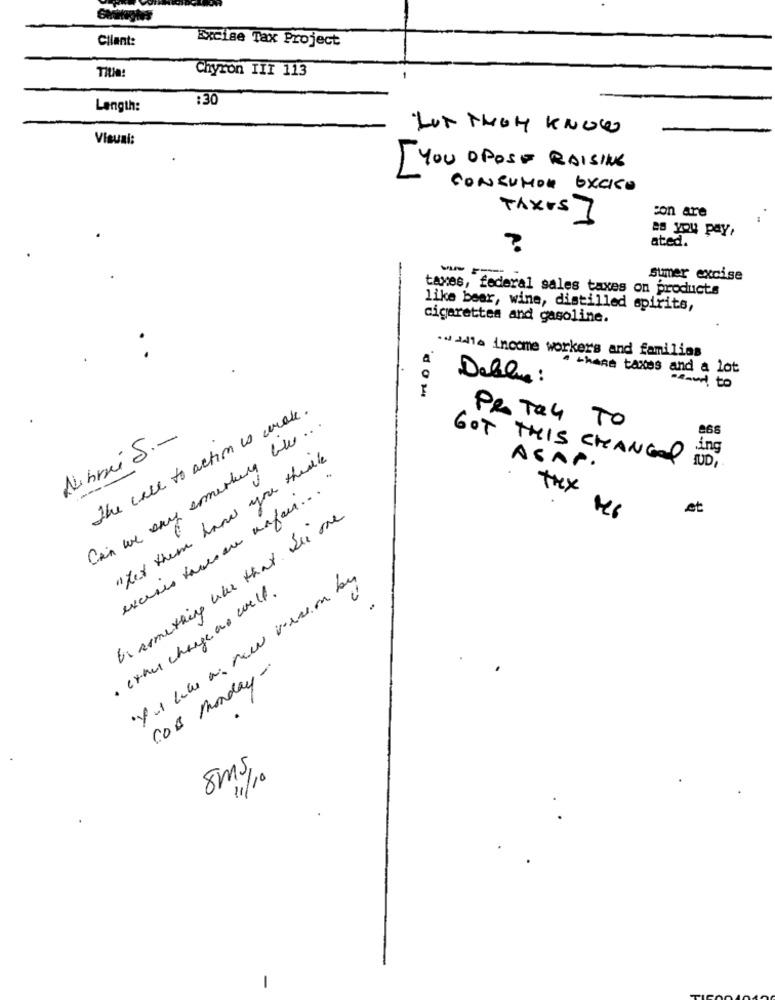
Client:
Excise Tax Project
Chyron TIT 113
:30
Length:
LUT THEY KNOW
Visual:
YOU OPOSE RAISING
CONSUMOR EXCIKO
con are
TAXIS ]
as you pay,
ated.
?
Sumer excise
taxes, federal sales taxes on products
like beer, wine, distilled spirits,
cigarettes and gasoline.
.wddia income workers and familias
4 thane taxes and a lot
Deblue :
mand to
dom
the call to action is wrote.
Can we any something blue ...
PRO TAG TO
Nibmi S .-
ing
"Hay them have you theille
GOT THIS CHANGED
ASAP.
excuses tamsen nafeur ... "
thex
et
bi armething when that. Sie one
Yut like as new version by
· cthul change as well.
COB Monday-
8ms,
11/10
-